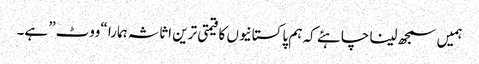
ہمیں سمجھ لینا چاہئے کہ ہم پاکستانیوں کا قیمتی ترین اثاثہ ہمارا “ووٹ” ہے۔